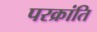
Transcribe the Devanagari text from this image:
परक्रांति